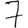
Digit: 7